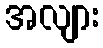
အလျား